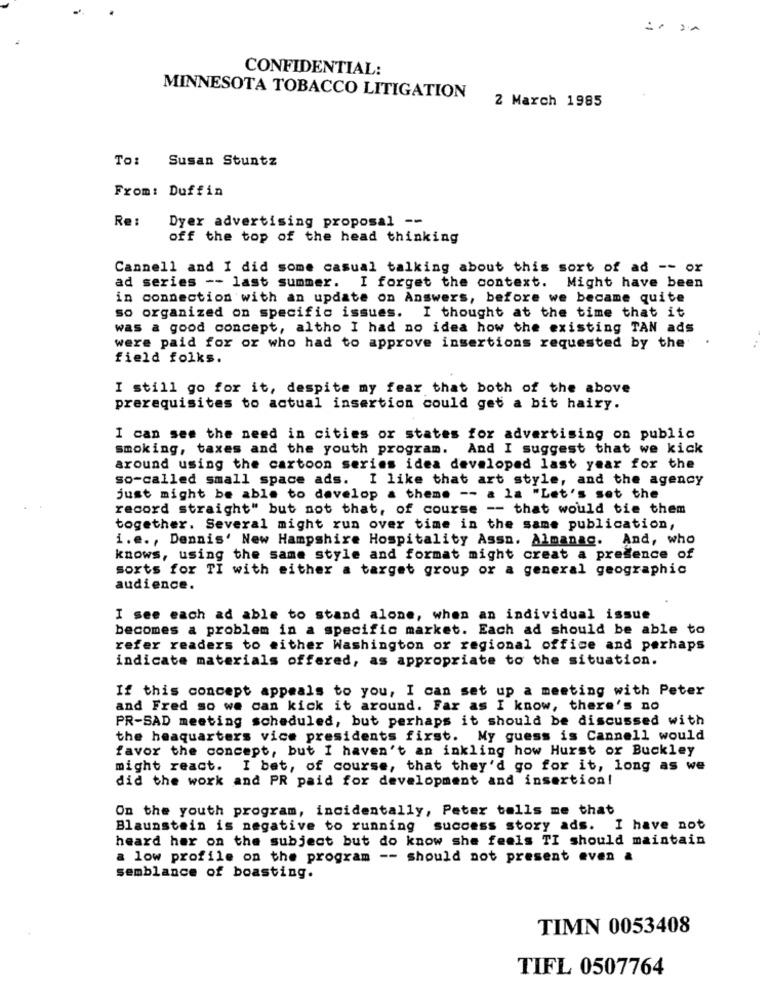
CONFIDENTIAL:
MINNESOTA TOBACCO LITIGATION
2 March 1985
To: Susan Stuntz
From: Duffin
Re:
Dyer advertising proposal --
off the top of the head thinking
Cannell and I did some casual talking about this sort of ad -- or
ad series -- last summer. I forget the context. Might have been
in connection with an update on Answers, before we became quite
so organized on specific issues. I thought at the time that it
was a good concept, altho I had no idea how the existing TAN ads
were paid for or who had to approve insertions requested by the
field folks.
I still go for it, despite my fear that both of the above
prerequisites to actual insertion could get a bit hairy.
I can see the need in cities or states for advertising on public
smoking, taxes and the youth program. And I suggest that we kick
around using the cartoon series idea developed last year for the
so-called small space ads. I like that art style, and the agency
just might be able to develop a theme -- a la "Let's set the
record straight" but not that, of course -- that would tie them
together. Several might run over time in the same publication,
i.e ., Dennis' New Hampshire Hospitality Assn. Almanac. And, who
knows, using the same style and format might creat a presence of
sorts for TI with either a target group or a general geographic
audience.
I see each ad able to stand alone, when an individual issue
becomes a problem in a specific market. Each ad should be able to
refer readers to either Washington or regional office and perhaps
indicate materials offered, as appropriate to the situation.
If this concept appeals to you, I can set up a meeting with Peter
and Fred so we can kick it around. Far as I know, there's no
PR-SAD meeting scheduled, but perhaps it should be discussed with
the heaquarters vice presidents first. My guess is Cannell would
favor the concept, but I haven't an inkling how Hurst or Buckley
might react. I bet, of course, that they'd go for it, long as we
did the work and PR paid for development and insertion!
On the youth program, incidentally, Peter tells me that
Blaunstein is negative to running success story ads. I have not
heard her on the subject but do know she feels TI should maintain
a low profile on the program -- should not present even a
semblance of boasting.
TIMN 0053408
TIFL 0507764